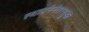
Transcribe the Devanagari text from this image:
स्थापनेनंतरसुद्धा